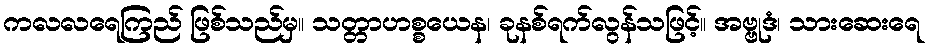
ကလလရေကြည် ဖြစ်သည်မှ။ သတ္တာဟစ္စယေန၊ ခုနစ်ရက်လွန်သဖြင့်။ အဗ္ဗုဒံ၊ သားဆေးရေ